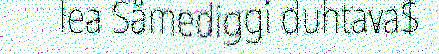
lea Såmediggi duhtava$